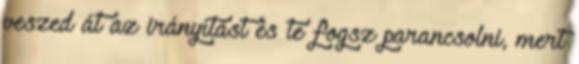
veszed át az irányítást és te fogsz parancsolni, mert